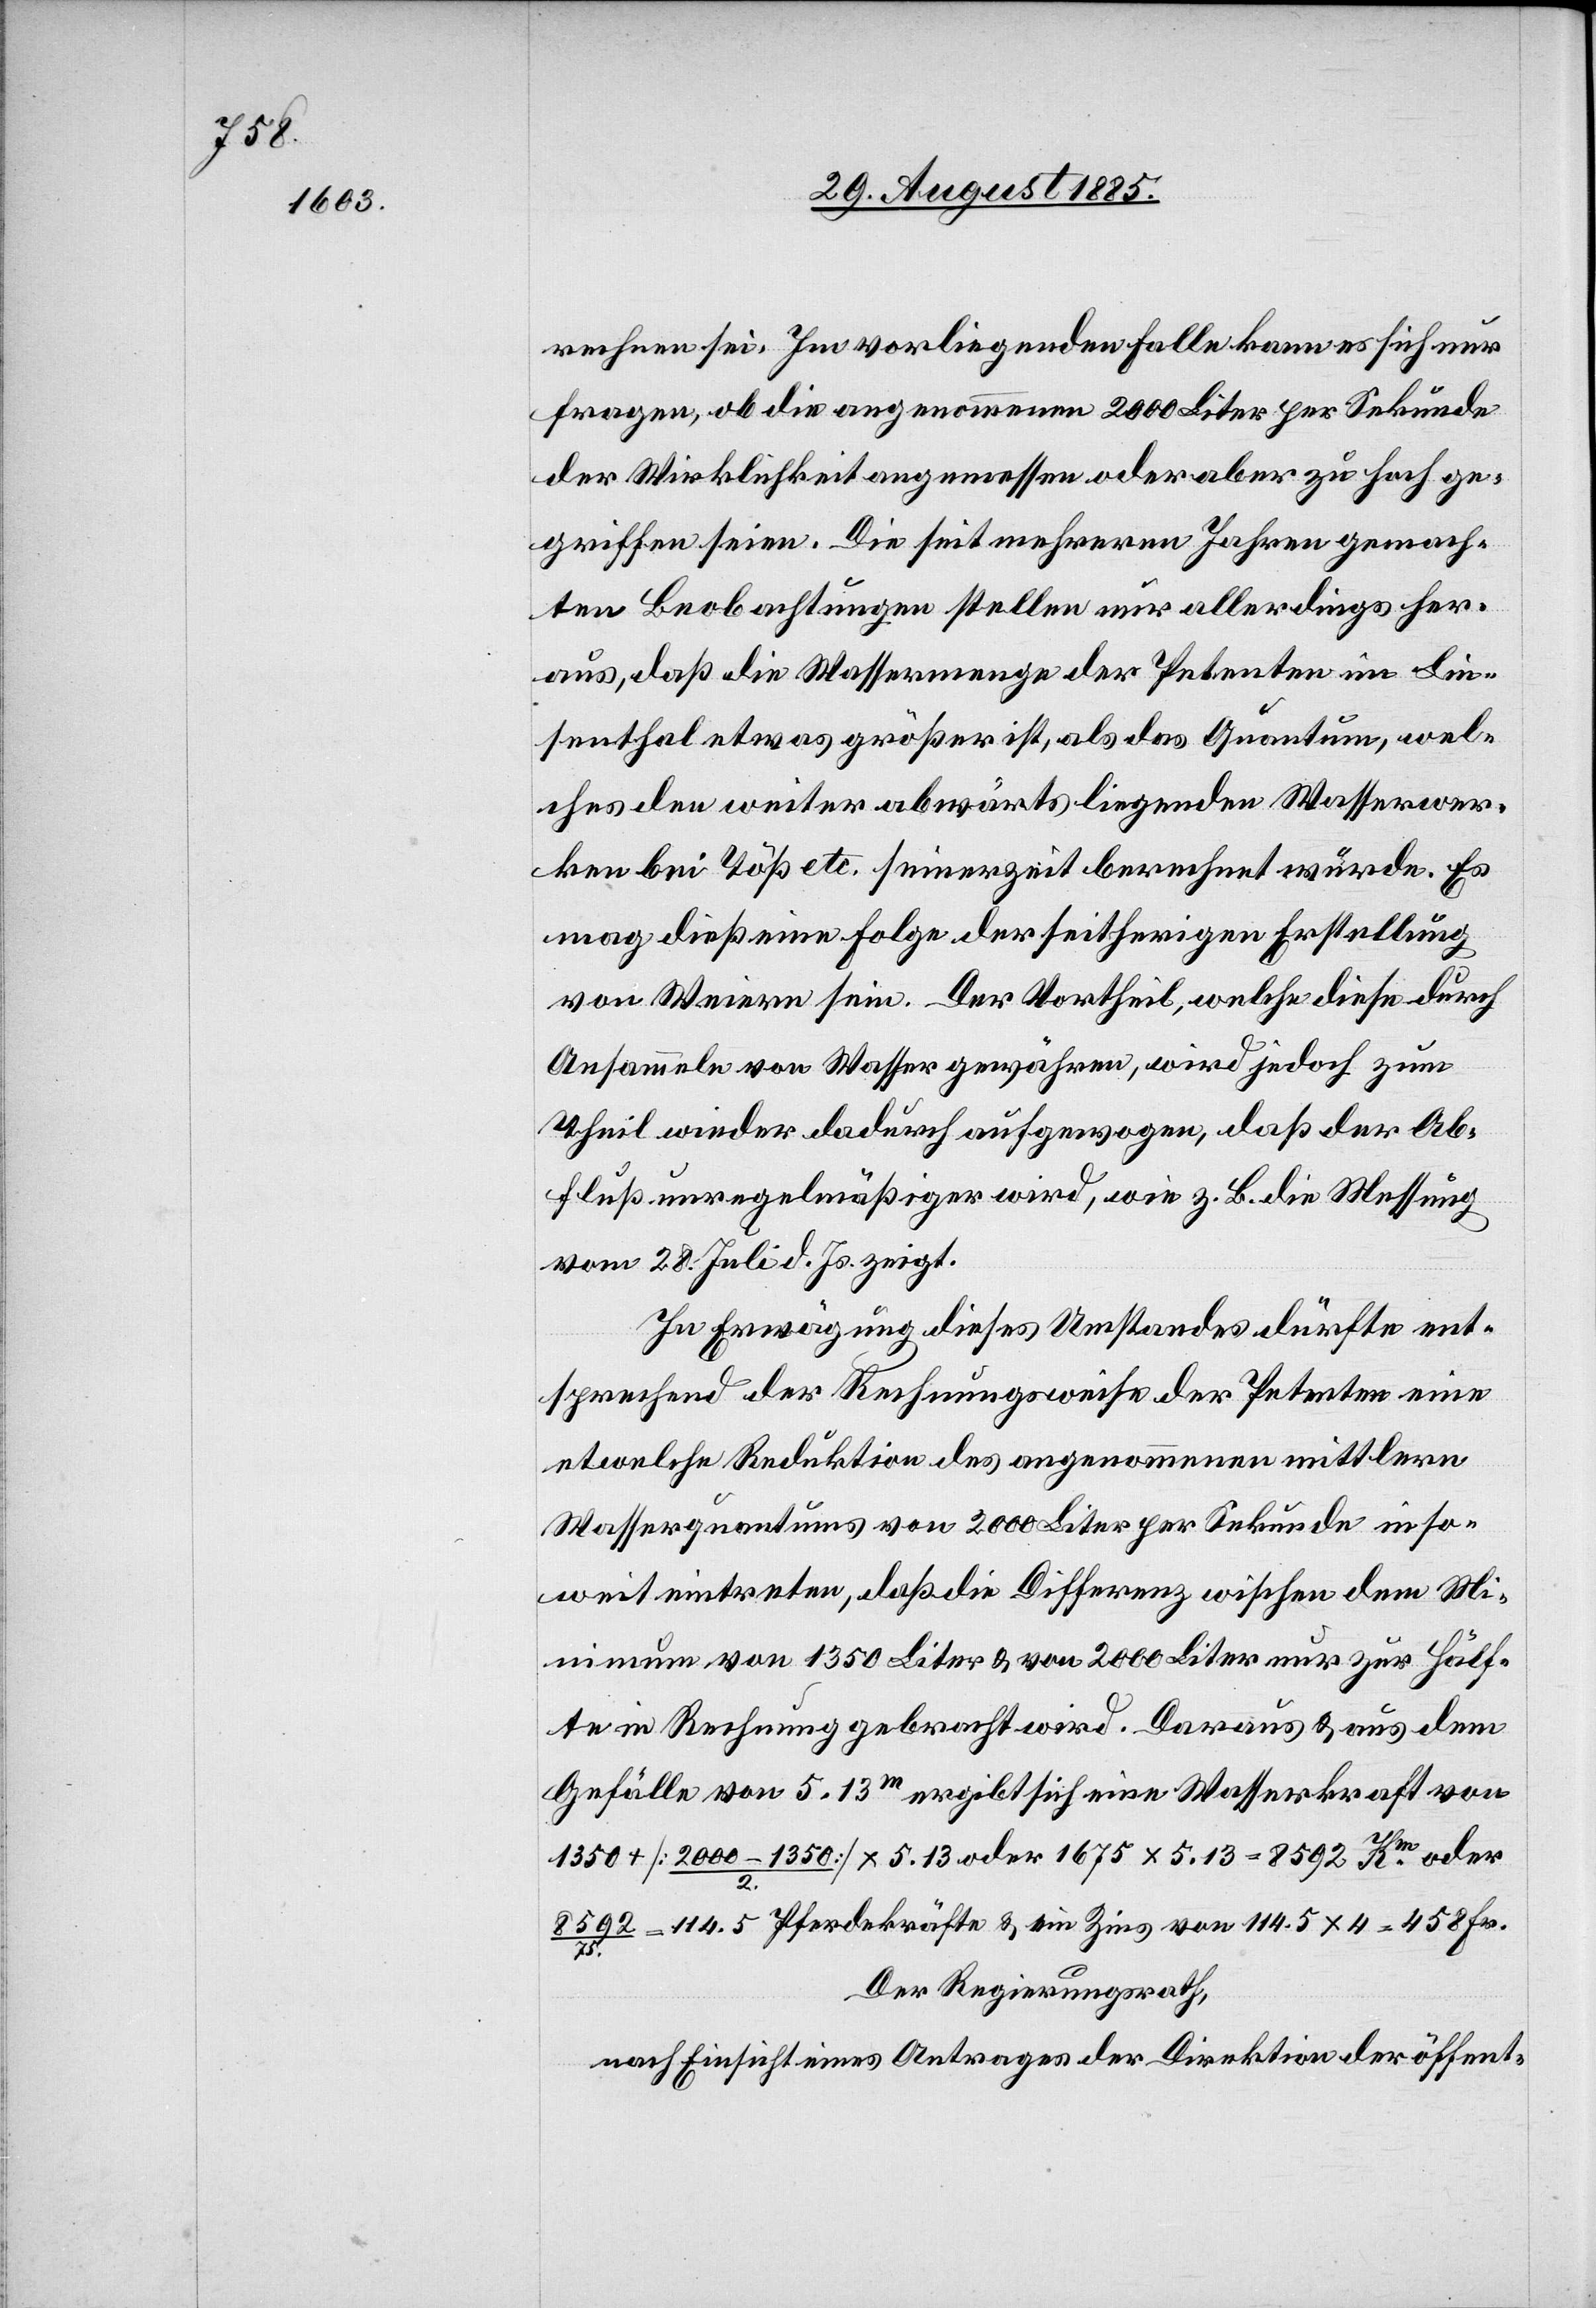
rechnen sei. Im vorliegenden Falle kann es sich nur
fragen, ob die angenommenen 2000 Liter per Sekunde
der Wirklichkeit angemessen oder aber zu hoch ge¬
griffen seien. Die seit mehreren Jahren gemach¬
ten Beobachtungen stellen nun allerdings her¬
aus, daß die Wassermenge der Petenten im Lin¬
senthal etwas größer ist, als das Quantum, wel¬
ches den weiter abwärtsliegenden Wasserwer¬
ken bei Töß etc. seinerzeit berechnet wurde. Es
mag dieß eine Folge der seitherigen Erstellung
von Weiern sein. Der Vortheil, welche diese durch
Ansammeln von Wasser gewähren, wird jedoch zum
Theil wieder dadurch aufgewogen, daß der Ab¬
fluß unregelmäßiger wird, wie z. B. die Messung
vom 28. Juli d. Js. zeigt.
In Erwägung dieses Umstandes dürfte ent¬
sprechend der Rechnungsweise der Petenten eine
etwelche Reduktion des angenommenen mittleren
Wasserquantums von 2000 Liter per Sekunde inso¬
weit eintreten, daß die Differenz [z]wischen dem Mi¬
nimum von 1350 Liter & von 2000 Liter nur zur Hälf¬
te in Rechnung gebracht wird. Daraus & aus dem
Gefälle von 5.13m ergibt sich eine Wasserkraft von
1350 + [2000 – 1350/2] x 5.13 oder 1675 x 5.13 = 8592 Km oder
8592/75 = 114.5 Pferdekräfte & ein Zins von 114.5 x 4 = 458 Fr.
Der Regierungsrath,
nach Einsicht eines Antrages der Direktion der öffent-